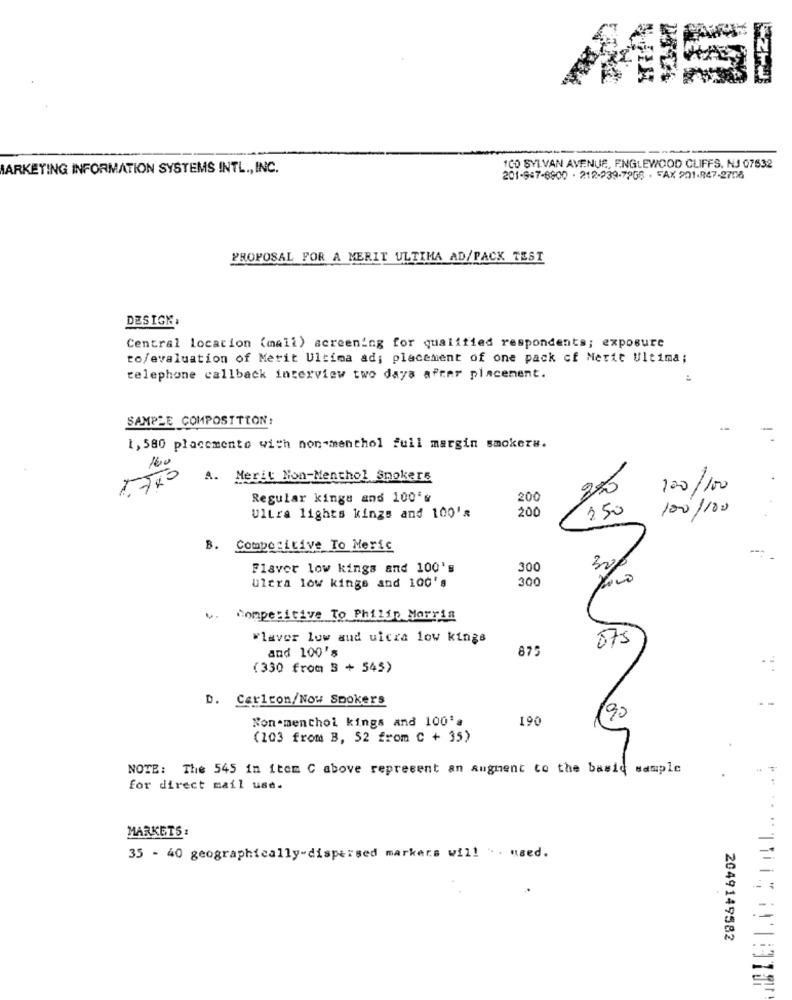
MARKETING INFORMATION SYSTEMS INTL ., INC.
1CO SYLVAN AVENUE, ENGLEWOOD CLIFFS, NJ 07632
201-947-6800 - 212-239-7266 - FAX 201-947-2706
PROPOSAL FOR A MERIT ULTIMA AD/PACK TEST
DESIGN,
Central location (mali) screening for qualified respondents; exposure
to/evaluation of Merit Ultima ad; placement of one pack of Merit Ultima;
telephone callback interview two days after placement.
SAMPLE COMPOSITION:
1, 580 placemente with non-menthol full margin smokers.
16.0
A. Merit Non-Menthol Spokers
100
100
Regular kings and 100's
200
200
350
100/100
Ultra lights kings and 100's
B. Competitive To Meric
Flavor low kings and 100's
300
30%
Ultra low kings and 100's
300
Competitive To Philip Morris
wlaver low and wicza low kings
075
and 100's
875
(330 from 3 + 545)
D. Carlcon/Now Spokers
Nonementhol kings and 100's
190
90
(103 from B, 52 from C + 35)
NOTE: The 545 in item C above represent an Augment to the basic sample
for direct mail use.
MARKETS :
35 - 40 geographically-dispersed markers will . used.
2049149582